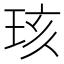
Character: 𪻞